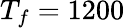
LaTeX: T_{f}=1200